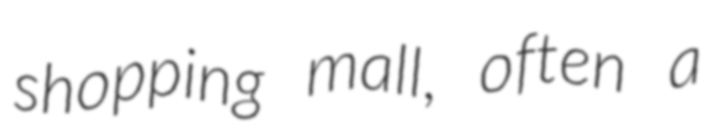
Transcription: shopping mall, often a